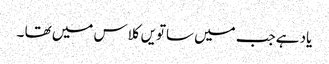
یاد ہےجب میں ساتویں کلاس میں تھا ۔